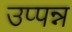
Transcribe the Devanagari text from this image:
उप्पन्न